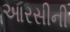
આરસીની